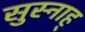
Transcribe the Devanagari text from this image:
सुस्नाह्